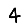
Digit: 4